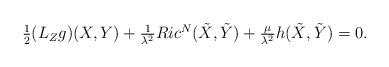
LaTeX: \begin{align*}\begin{array}{ll}\frac{1}{2} (L_Z g)(X,Y) +\frac{1}{\lambda^2} Ric^N (\tilde{X}, \tilde{Y}) + \frac{\mu}{\lambda^2} h(\tilde{X}, \tilde{Y}) = 0.\end{array}\end{align*}